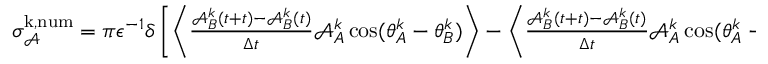
\begin{array} { r } { \sigma _ { \mathcal { A } } ^ { \mathrm { k , n u m } } = { \pi } \epsilon ^ { - 1 } \delta \left[ \left\langle \frac { \mathcal { A } _ { B } ^ { k } ( t + t ) - \mathcal { A } _ { B } ^ { k } ( t ) } { \Delta t } \mathcal { A } _ { A } ^ { k } \cos ( \theta _ { A } ^ { k } - \theta _ { B } ^ { k } ) \right\rangle - \left\langle \frac { \mathcal { A } _ { B } ^ { k } ( t + t ) - \mathcal { A } _ { B } ^ { k } ( t ) } { \Delta t } \mathcal { A } _ { A } ^ { k } \cos ( \theta _ { A } ^ { k } - \theta _ { B } ^ { k } ) \right\rangle \right] \, . } \end{array}